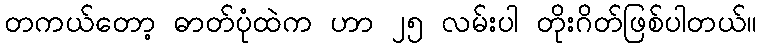
တကယ်တော့ ဓာတ်ပုံထဲက ဟာ ၂၅ လမ်းပါ တိုးဂိတ်ဖြစ်ပါတယ်။